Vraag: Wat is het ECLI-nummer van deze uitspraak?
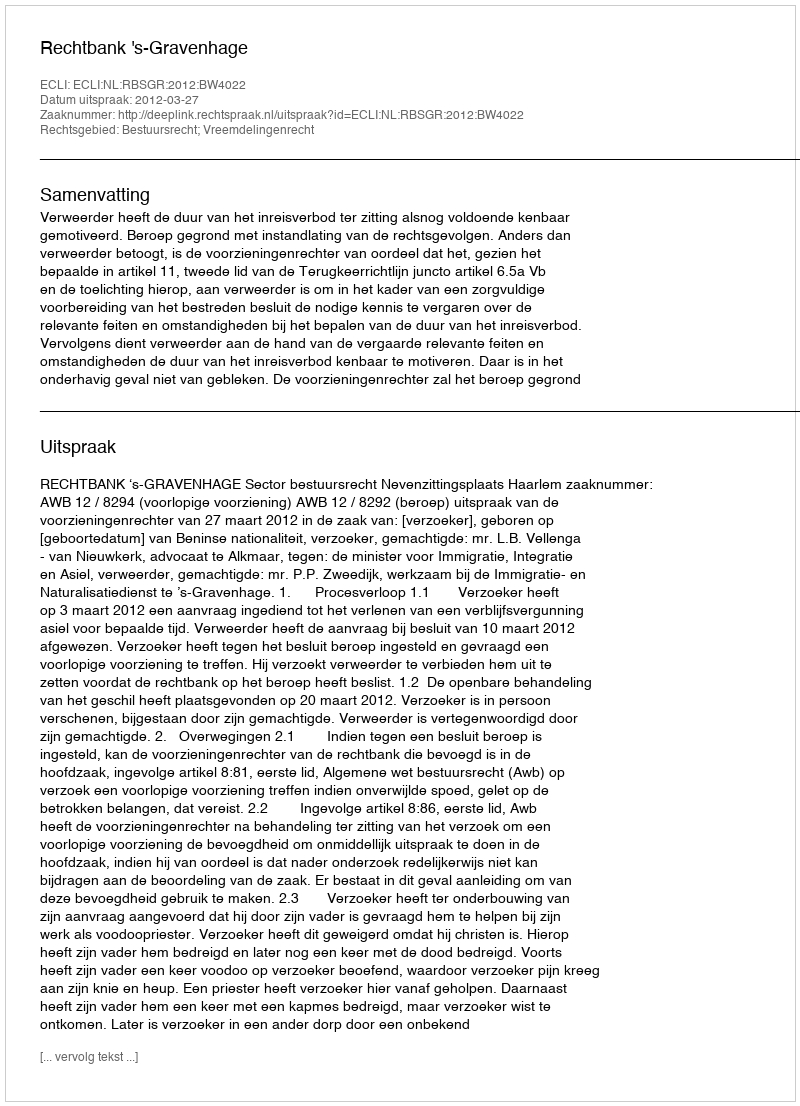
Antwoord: ECLI:NL:RBSGR:2012:BW4022